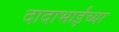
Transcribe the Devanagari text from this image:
दादाभाईंच्या